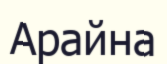
Арайна